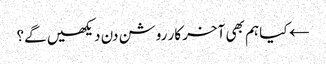
← کیا ہم بھی آخر کار روشن دن دیکھیں گے؟